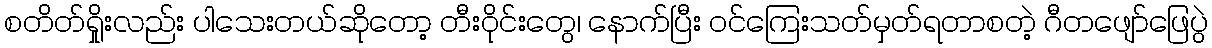
စတိတ်ရှိုးလည်း ပါသေးတယ်ဆိုတော့ တီးဝိုင်းတွေ၊ နောက်ပြီး ဝင်ကြေးသတ်မှတ်ရတာစတဲ့ ဂီတဖျော်ဖြေပွဲ